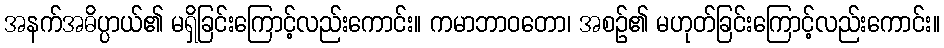
အနက်အဓိပ္ပာယ်၏ မရှိခြင်းကြောင့်လည်းကောင်း။ ကမာဘာဝတော၊ အစဉ်၏ မဟုတ်ခြင်းကြောင့်လည်းကောင်း။